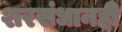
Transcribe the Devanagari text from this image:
शरसंधानही